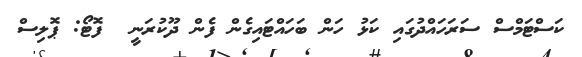
ކަސްޓަމްސް ސަރަހައްދުގައި ކަޅު ހަން ބަހައްޓައިގެން ފެން ދޫކުރަނީ  ފޮޓޯ: ޕޮލިސް